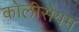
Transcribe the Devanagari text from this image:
कोलीसेयम